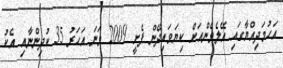
އަހުމަދިއްޔާގައި އޭލެވެންއަށް ކިޔަވައިދޭން ފެށީ 2009 ވަނަ އަހަރު 35 ކުދިންނާއި އެކު